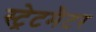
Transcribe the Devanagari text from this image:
स्ट्रेटमैटर